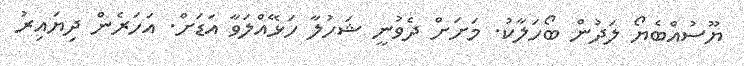
ޔޫސުއްބެޔޯ ލަދުން ބޯހަލާކު. މަށަށް ދެވުނީ ޝަހުލާ ހަޅޭއްލަވާ އަޑަށް. އަހަރެން ދިޔައިރު